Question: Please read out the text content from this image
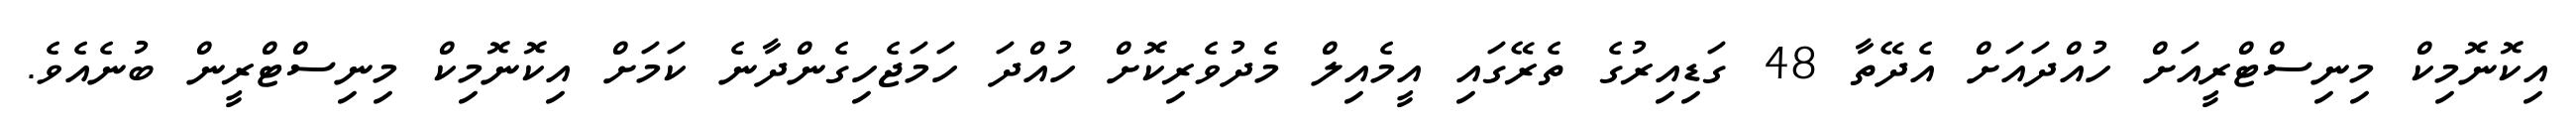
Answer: އިކޮނޮމިކް މިނިސްޓްރީއަށް ހުއްދައަށް އެދޭތާ 48 ގަޑިއިރުގެ ތެރޭގައި އީމެއިލް މެދުވެރިކޮށް ހުއްދަ ހަމަޖެހިގެންދާނެ ކަމަށް އިކޮނޮމިކް މިނިސްޓްރީން ބުނެއެވެ.